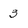
Character: 3